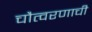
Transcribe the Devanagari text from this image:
चौत्वरणाची